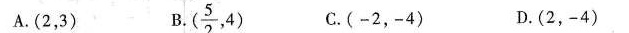
A.(2，3) B. \frac{5}{2},4) C.(-2，-4) D.(2，-4)